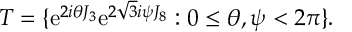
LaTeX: T = \{ \mathrm { e } ^ { 2 i \theta J _ { 3 } } \mathrm { e } ^ { 2 \sqrt { 3 } i \psi J _ { 8 } } : 0 \leq \theta , \psi < 2 \pi \} .